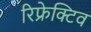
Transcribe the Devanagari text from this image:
रिफ्रेक्टिव